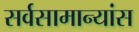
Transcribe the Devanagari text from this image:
सर्वसामान्यांस